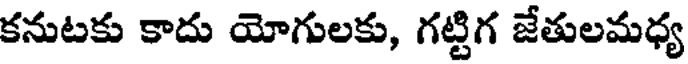
కనుటకు కాదు యోగులకు, గట్టిగ జేతులమధ్య